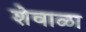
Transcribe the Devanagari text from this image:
शेवाळा